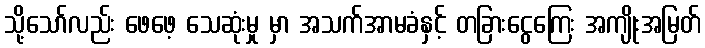
သို့သော်လည်း ဖေဖေ့ သေဆုံးမှု မှာ အသက်အာမခံနှင့် တခြားငွေကြေး အကျိုးအမြတ်